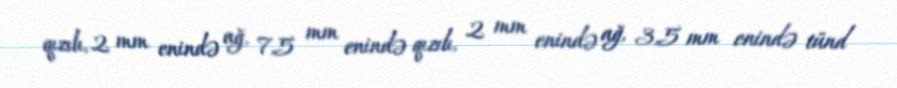
qızılı, 2 mm enində ağ, 7,5 mm enində qızılı, 2 mm enində ağ, 3,5 mm enində tünd